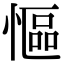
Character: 慪